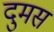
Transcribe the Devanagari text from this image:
दुमस